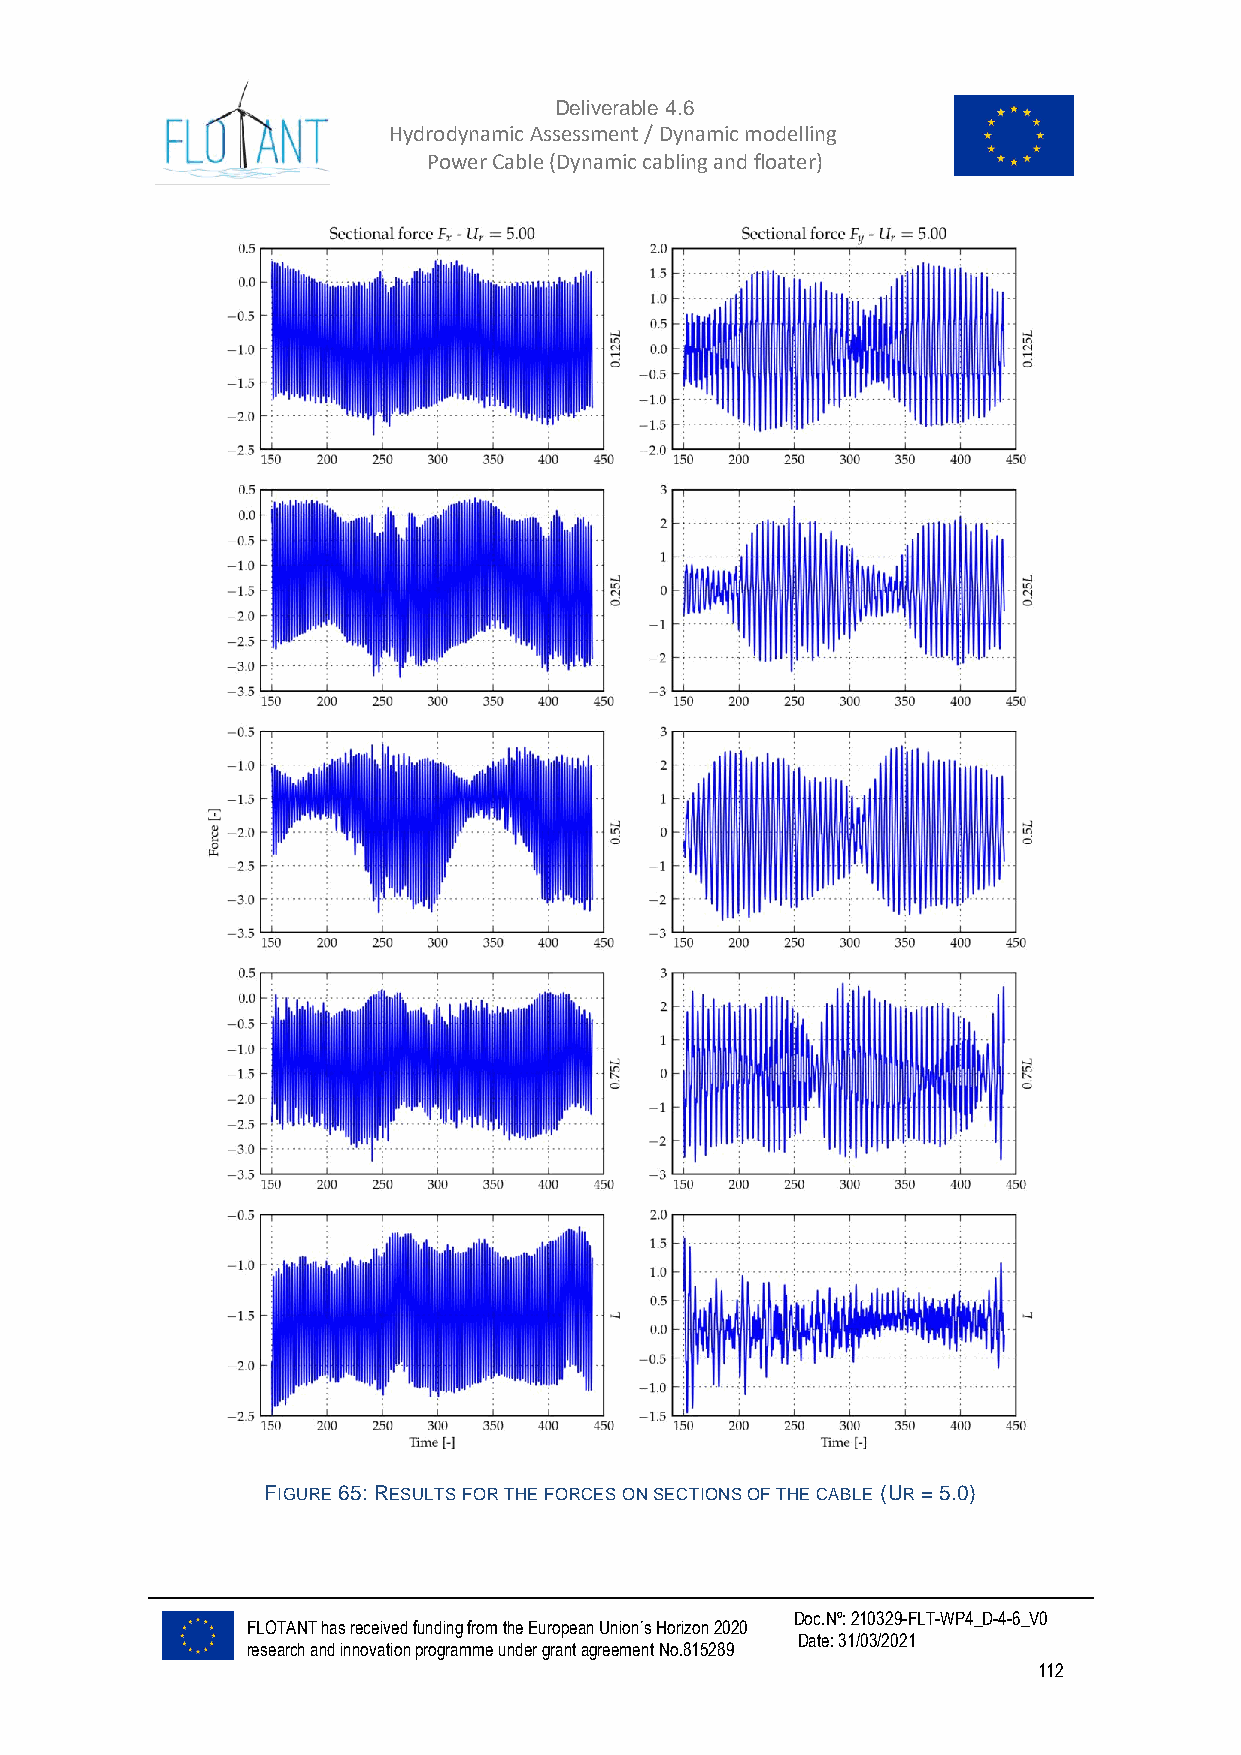
Deliverable 4.6
 Hydrodynamic Assessment / Dynamic modelling of
 Power Cable (Dynamic cabling and floater)
 FIGURE 65: RESULTS FOR THE FORCES ON SECTIONS OF THE CABLE (UR = 5.0)
 Doc.Nº: 210329-FLT-WP4_D-4-6_V0
 FLOTANT has received funding from the European Union´s Horizon 2020
 Date: 31/03/2021
 research and innovation programme under grant agreement No.815289
 112